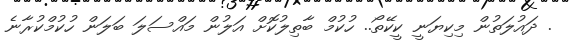
. ދައުލަތުން މިކިޔަނީ ކީކޭތޯ.. ހުކުމް ބާތިލުކޮށް އަލުން މައްސަލަ ބަލަން ހުކުމްކުރާނެ